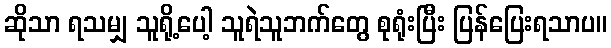
ဆိုသာ ရသမျှ သူရို့ပေါ့ သူရဲသူဘက်တွေ စုရုံးပြီး ပြန်ပြေးရသာပ။